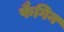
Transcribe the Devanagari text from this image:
फैगिन